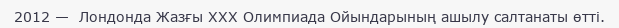
2012 —  Лондонда Жазғы XXX Олимпиада Ойындарының ашылу салтанаты өтті.